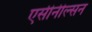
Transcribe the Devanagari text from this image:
एसीनील्सन